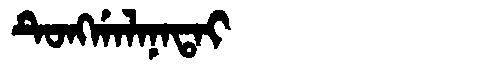
Manchu: ᡨᡠᠩᡤᠠᠯᠠᠨᠠᡨᠠᡳ
Romanization: TUNGGALANATAI